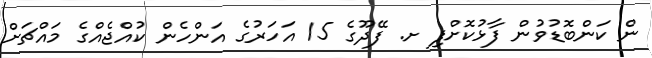
ން ކަންބޮޑުވުން ފާޅުކޮށްފި ށ. ފޭދޫގެ 15 އަހަރުގެ އަންހެން ކުއްޖެއްގެ މައްޗަށް